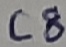
Text: C8